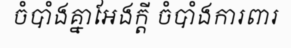
ចំបាំងគ្នាអែងក្តី ចំបាំងការពារ